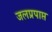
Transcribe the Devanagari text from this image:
जलप्रपाप्त